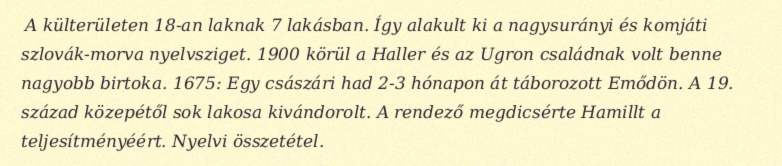
A külterületen 18-an laknak 7 lakásban. Így alakult ki a nagysurányi és komjáti szlovák-morva nyelvsziget. 1900 körül a Haller és az Ugron családnak volt benne nagyobb birtoka. 1675: Egy császári had 2-3 hónapon át táborozott Emődön. A 19. század közepétől sok lakosa kivándorolt. A rendező megdicsérte Hamillt a teljesítményéért. Nyelvi összetétel.